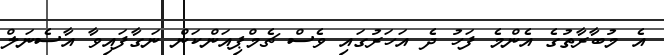
އެ މުބާރާތުގެ އެންމެ ފަހު ދެ އަހަރުގައި ވެސް ޗެމްޕިއަންކަން ނަގާފައިވާ އާސެނަލް